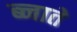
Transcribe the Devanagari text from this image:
ब्नाते